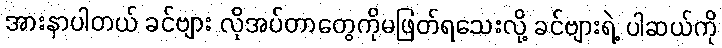
အားနာပါတယ် ခင်ဗျား လိုအပ်တာတွေကိုမဖြတ်ရသေးလို့ ခင်ဗျားရဲ့ ပါဆယ်ကို